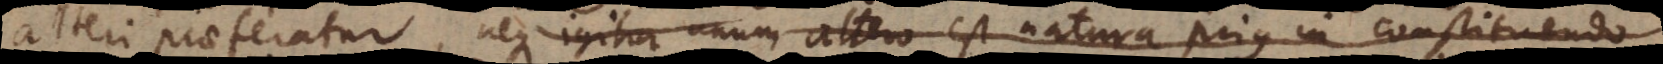
alteri praeferatur, neque igitur unum altero est natura prius in constituend